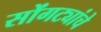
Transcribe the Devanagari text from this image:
सोंगट्यांचे